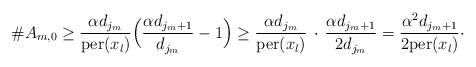
LaTeX: \begin{align*}\#A_{m,0}\ge \dfrac{\alpha d_{j_{m}}}{\textrm{per}(x_{l})}\Bigl(\dfrac{\alpha d_{j_{m}+1}}{d_{j_{m}}}-1\Bigr)\ge \dfrac{\alpha d_{j_{m}}}{\textrm{per}(x_{l})}\,\cdot\,\dfrac{\alpha d_{j_{m}+1}}{2d_{j_{m}}}=\dfrac{\alpha ^{2}d_{j_{m}+1}}{2\textrm{per}(x_{l})}\cdot\end{align*}